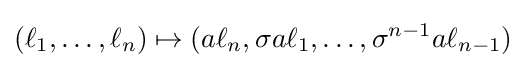
(\ell _{1},\ldots ,\ell _{n})\mapsto (a\ell _{n},\sigma a\ell _{1},\ldots ,\sigma ^{n-1}a\ell _{n-1})